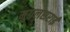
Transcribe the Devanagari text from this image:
मुग़लसराई